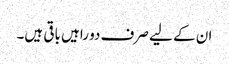
ان کے لیے صرف دو راہیں باقی ہیں۔